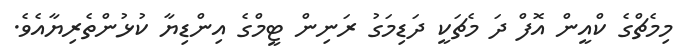
މިމެޗްގެ ކްއީން އޮފް ދަ މެޗަކީ ދަޑިމަގު ރަނިން ޓީމްގެ އިންޑިޔާ ކުޅުންތެރިޔާއެވެ.